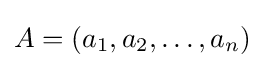
A=(a_{1},a_{2},\dots ,a_{n})